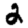
Digit: 2